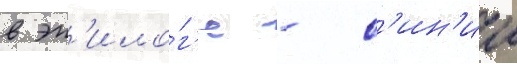
в эп'ило́г'е - с'ин'ии